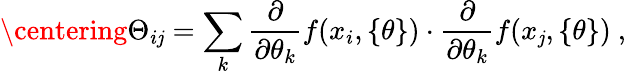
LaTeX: \centering\Theta_{i\mathit{j}}=\sum_{k}\frac{{\partial}}{{\partial\theta_{k}}}f(x_{i},\{ \theta\} )\cdot\frac{{\partial}}{{\partial\theta_{k}}}f(x_{\mathit{j}},\{ \theta\} )~,